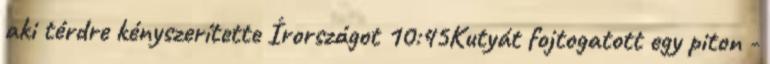
aki térdre kényszerítette Írországot 10:45Kutyát fojtogatott egy piton -